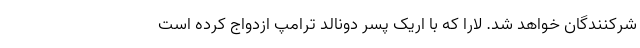
شرکنندگان خواهد شد. لارا که با اریک پسر دونالد ترامپ ازدواج کرده است